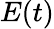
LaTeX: E(t)